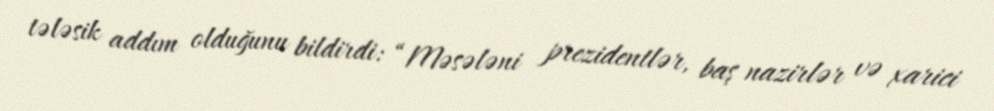
tələsik addım olduğunu bildirdi: “Məsələni prezidentlər, baş nazirlər və xarici